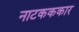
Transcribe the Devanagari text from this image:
नाटकककार